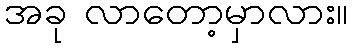
အခု လာတော့မှာလား။